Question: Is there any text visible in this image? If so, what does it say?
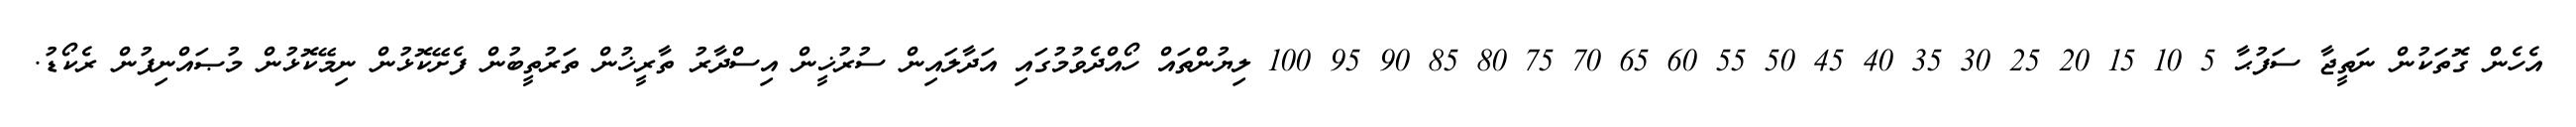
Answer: އެހެން ގޮތަކުން ނަތީޖާ ސަފުޙާ 5 10 15 20 25 30 35 40 45 50 55 60 65 70 75 80 85 90 95 100 ލިޔުންތައް ހޯއްދެވުމުގައި އަދާލައިން ސުރުޚީން އިސްދާރު ތާރީޚުން ތަރުތީބުން ފެށޭކޮޅުން ނިމޭކޮޅުން މުޞައްނިފުން ރެކޯޑު.